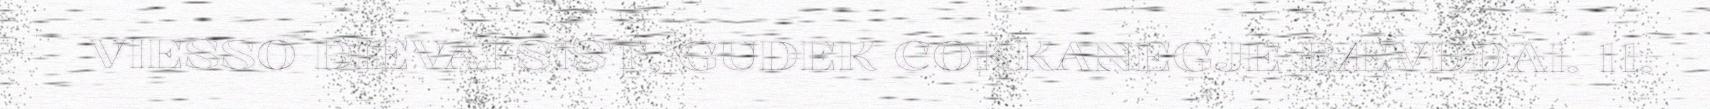
VIESSO DIEVAI SIST, GUDEK COKKANEGJE BÆVDDAI. 11.